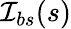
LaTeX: \mathcal{I}_{bs}(s)